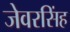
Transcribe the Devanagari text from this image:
जेवरसिंह